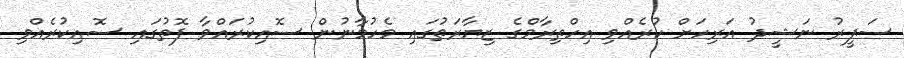
ސަފީރު ނަޝީދު އަރިހަށް ކުރެއްވި އިހްތިރާމްގެ ޒިޔާރަތުގައި މެހުމާނުން ސޮއިކުރައްވާ ފޮތުގައި ސޮއިކުރެއްވި